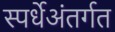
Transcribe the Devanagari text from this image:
स्पर्धेअंतर्गत